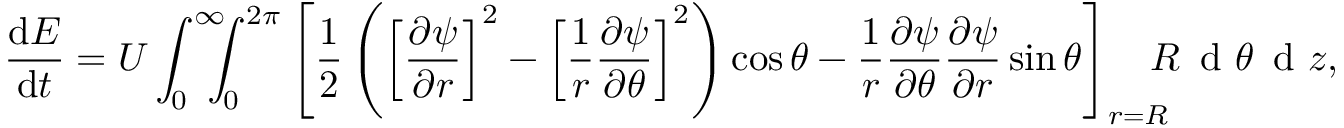
\frac { \mathrm { d } E } { \mathrm { d } t } = U \int _ { 0 } ^ { \infty } \! \! \! \! \int _ { 0 } ^ { 2 \pi } \left[ \frac { 1 } { 2 } \left( \left[ \frac { \partial \psi } { \partial r } \right] ^ { 2 } - \left[ \frac { 1 } { r } \frac { \partial \psi } { \partial \theta } \right] ^ { 2 } \right) \cos \theta - \frac { 1 } { r } \frac { \partial \psi } { \partial \theta } \frac { \partial \psi } { \partial r } \sin \theta \right] _ { r = R } \! \! \! \! R \, \textrm { d } \theta \, \textrm { d } z ,